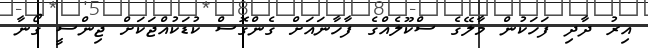
އިރު ދާދި ފަހަކުން މާލޭގެ ސްކޫލެއްގެ ފާހާނައަށް ގެންގޮސް ކުޑަކުއްޖަކަށް ޖިންސީ ގޯނާ